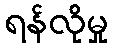
ရန်လိုမှု